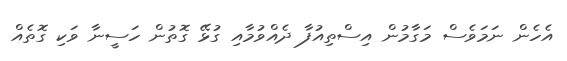
އެހެން ނަމަވެސް މަގާމުން އިސްތިއުފާ ދެއްވުމާއި ގުޅޭ ގޮތުން ހަސީނާ ވަކި ގޮތެއް